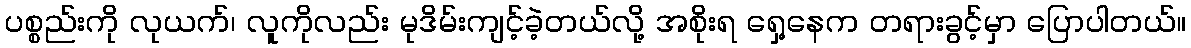
ပစ္စည်းကို လုယက်၊ လူကိုလည်း မုဒိမ်းကျင့်ခဲ့တယ်လို့ အစိုးရ ရှေ့နေက တရားခွင့်မှာ ပြောပါတယ်။